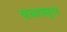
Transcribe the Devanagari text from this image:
याच्यापासूनच